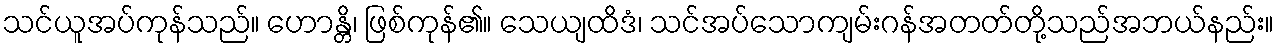
သင်ယူအပ်ကုန်သည်။ ဟောန္တိ၊ ဖြစ်ကုန်၏။ သေယျထိဒံ၊ သင်အပ်သောကျမ်းဂန်အတတ်တို့သည်အဘယ်နည်း။